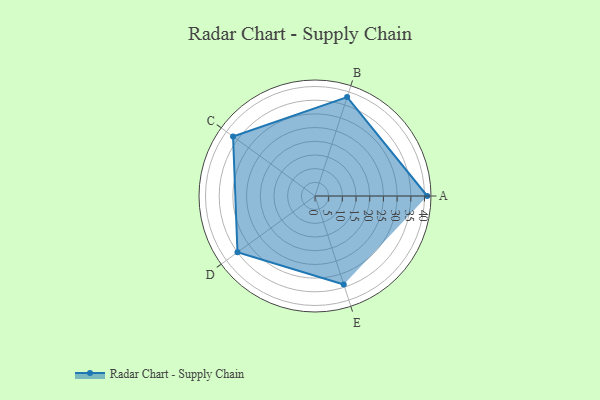
{"axis": {"x": "Skill", "y": "Score"}, "legend": ["Profile"], "data": [{"x": "A", "y": 41.0, "type": "Profile"}, {"x": "B", "y": 38.0, "type": "Profile"}, {"x": "C", "y": 37.0, "type": "Profile"}, {"x": "D", "y": 35.0, "type": "Profile"}, {"x": "E", "y": 34.0, "type": "Profile"}]}